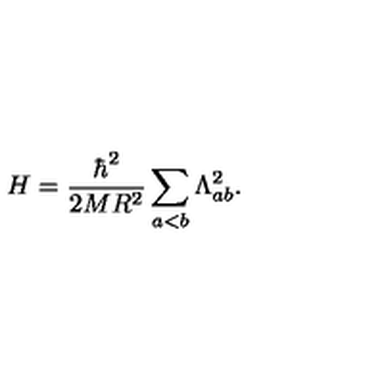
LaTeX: H = \frac { \hbar ^ { 2 } } { 2 M R ^ { 2 } } \sum _ { a < b } \Lambda _ { a b } ^ { 2 } .